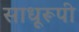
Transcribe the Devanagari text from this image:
साधूरूपी